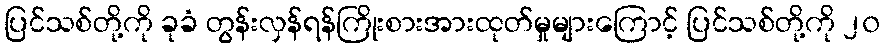
ပြင်သစ်တို့ကို ခုခံ တွန်းလှန်ရန်ကြိုးစားအားထုတ်မှုများကြောင့် ပြင်သစ်တို့ကို ၂၀